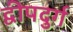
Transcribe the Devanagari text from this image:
द्वीपदुर्ग